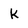
Character: k